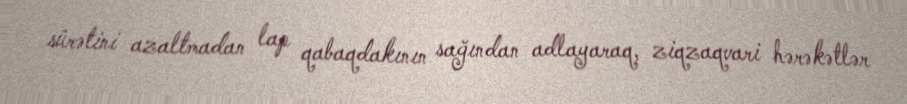
sürətini azaltmadan lap qabaqdakının sağından adlayaraq, ziqzaqvari hərəkətlər